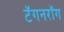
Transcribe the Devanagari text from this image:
टॅगनरॉग